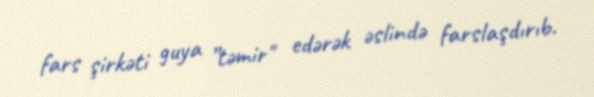
fars şirkəti guya ”təmir" edərək əslində farslaşdırıb.